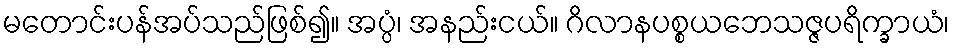
မတောင်းပန်အပ်သည်ဖြစ်၍။ အပ္ပံ၊ အနည်းငယ်။ ဂိလာနပစ္စယဘေသဇ္ဇပရိက္ခာယံ၊